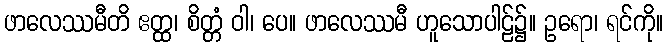
ဖာလေဿမီတိ ဧတ္ထ၊ စိတ္တံ ဝါ၊ ပေ။ ဖာလေဿမီ ဟူသောပါဠ်၌။ ဥရော၊ ရင်ကို။